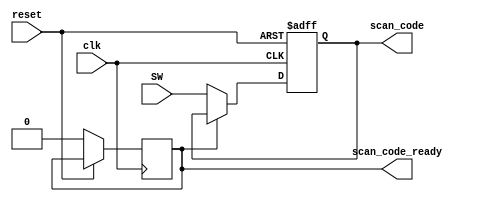
module keyboard(
        input wire [7:0] SW,          // output to determine if scan code is converted to lower or upper ascii code for a key
        input wire clk, reset,
        output wire [7:0] scan_code,         // scan_code received from keyboard to process
        output wire scan_code_ready         // signal to outer control system to sample scan_code
    );
  // mux
  reg [7:0] keyboard;
  reg previousClicked;
  always @(posedge clk, posedge reset)
    if (reset)
      begin
        keyboard <= 0;
      end
    else
      begin    
        if(previousClicked == 8'b0)
          begin
            keyboard <= SW[7:0];
            previousClicked <= 1'b1;
          end
        if(keyboard == 8'b0);
          previousClicked <= 1'b0;
      end
  assign scan_code_ready = previousClicked;
  assign scan_code = keyboard;
  

endmodule